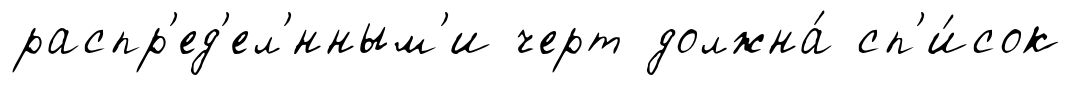
распр'ед'ел'́нным'и черт должна́ сп'и́сок